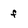
Character: f